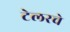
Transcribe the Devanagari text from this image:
टेलरचे